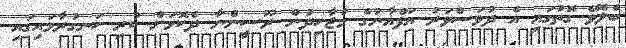
ބެލެވޭ ގޮތުގައި އެ ދުވަސްވަރު އަފްޣާނުގެ މުޖާހިދުން ރޫސީންނާ ދެކޮޅަށް ކުރި ހަނގުރާމައިގައި